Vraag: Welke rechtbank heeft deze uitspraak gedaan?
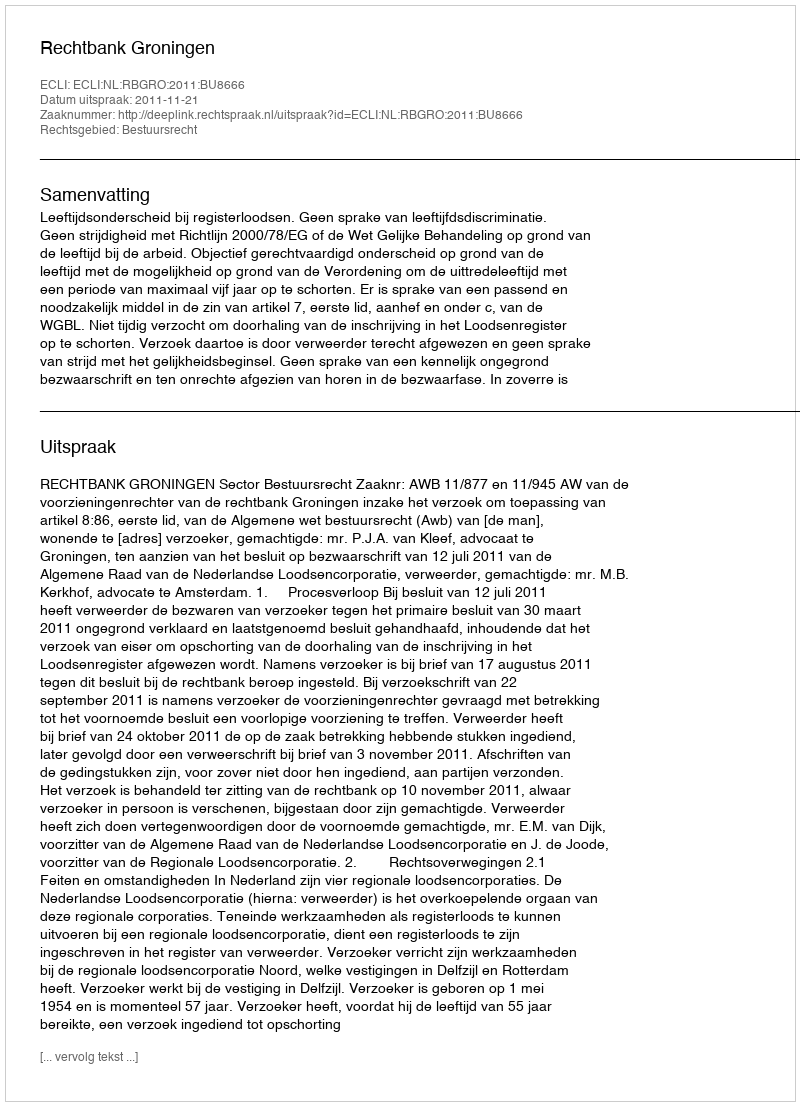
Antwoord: Rechtbank Groningen